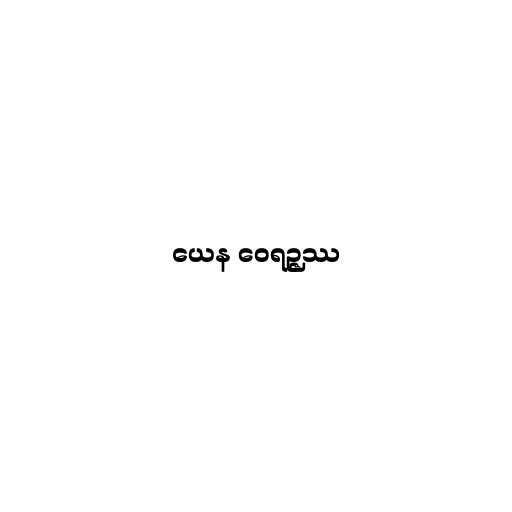
ယေန ဝေရဉ္ဇဿ